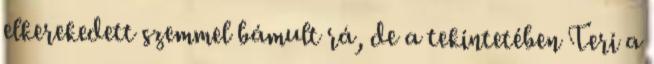
elkerekedett szemmel bámult rá, de a tekintetében Teri a